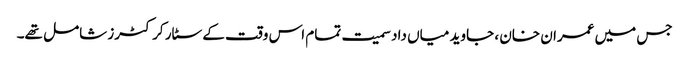
جس میں عمران خان ، جاوید میاں داد سمیت تمام اس وقت کے سٹار کرکٹرز شامل تھے۔